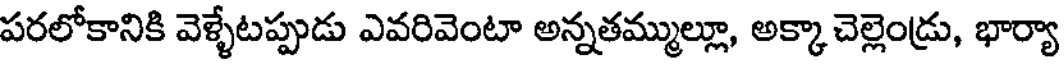
పరలోకానికి వెళ్ళేటప్పుడు ఎవరివెంటా అన్నతమ్ముల్లూ, అక్కా చెల్లెండ్రు, భార్యా